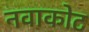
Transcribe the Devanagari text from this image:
नवाकोट